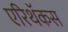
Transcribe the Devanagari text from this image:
एरिथॅकस